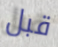
قبل